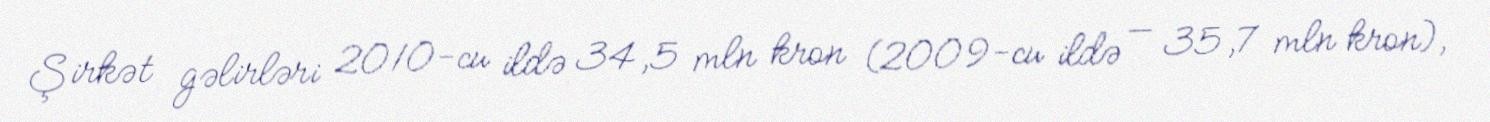
Şirkət gəlirləri 2010-cu ildə 34,5 mln kron (2009-cu ildə — 35,7 mln kron),